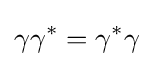
\gamma \gamma ^{*}=\gamma ^{*}\gamma